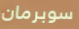
سوبرمان